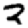
Digit: 2